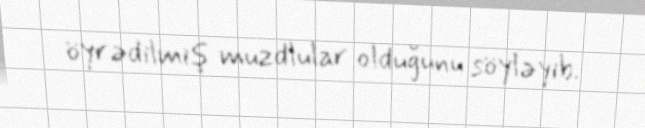
öyrədilmiş muzdlular olduğunu söyləyib.